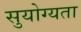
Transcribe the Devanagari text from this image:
सुयोग्यता